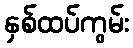
နှစ်ထပ်ကွမ်း